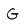
Character: G